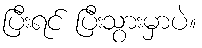
ပြီးရင် ပြီးသွားမှာပဲ။